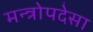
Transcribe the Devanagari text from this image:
मन्त्रोपदेसा